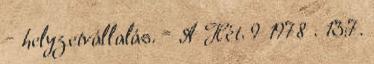
– helyzetvállalás. = A Hét. 9 1978 . 13:7.